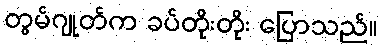
တွမ်ဂျုတ်က ခပ်တိုးတိုး ပြောသည်။